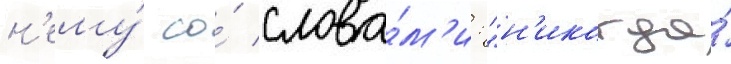
н'ему́ со́ слова́м'и: "н'икогда́